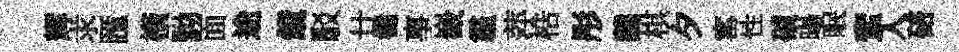
辉求匯橫黝面途鏡駁廿循事嶻霾萍梏彤羹棋夕窰性磧暘眠蜚入碚